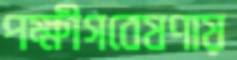
পক্ষীগবেষণায়